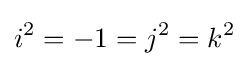
i^{2}=-1=j^{2}=k^{2}